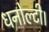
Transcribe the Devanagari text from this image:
धनोल्टी।